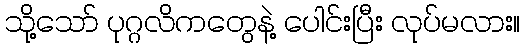
သို့သော် ပုဂ္ဂလိကတွေနဲ့ ပေါင်းပြီး လုပ်မလား။